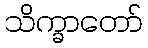
သိက္ခာတော်